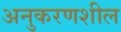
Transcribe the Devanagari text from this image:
अनुकरणशील